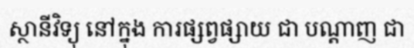
ស្ថានីវិទ្យុ នៅក្នុង ការផ្សព្វផ្សាយ ជា បណ្តាញ ជា